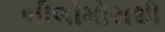
બીલીમોરાથી